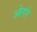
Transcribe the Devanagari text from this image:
ओगरे